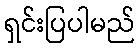
ရှင်းပြပါမည်